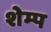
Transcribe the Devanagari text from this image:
शेम्प